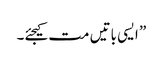
” ایسی باتیں مت کیجئے۔